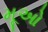
મૂઓ